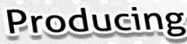
Producing